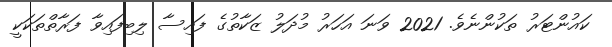
ކައުންޓަރު ތަކުންނެވެ. 2021 ވަނަ އަހަރު މުދަލު ޒަކާތުގެ ފައިސާ ލިބިފައިވާ ފަރާތްތަަކަކީ